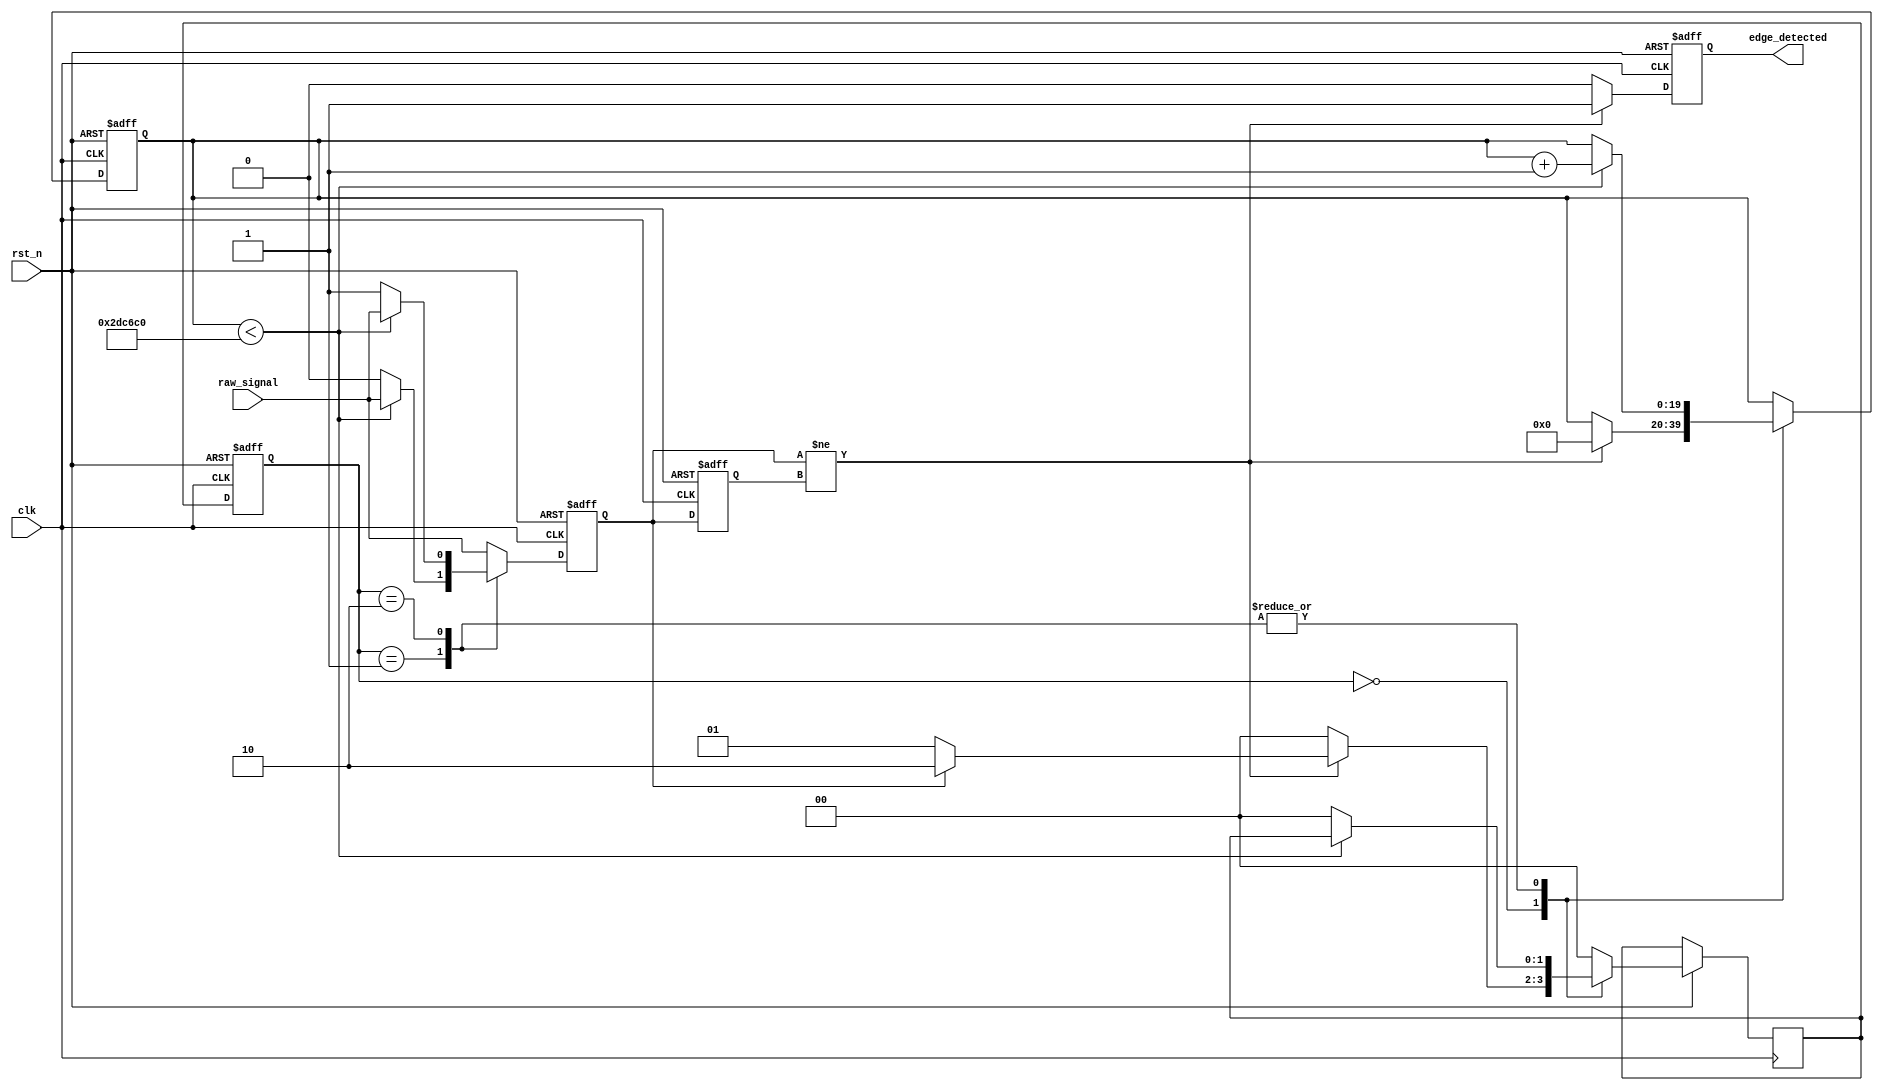
module DebouncedEdgeDetector (
    input wire clk,                // Clock signal
    input wire rst_n,              // Active low reset
    input wire raw_signal,         // Input signal (noisy)
    output reg edge_detected       // Output signal indicating edge detected
);

    // Parameters for debounce timing
    parameter DEBOUNCE_TIME = 3000000; // Adjust as needed for your clock frequency (3ms example for 1MHz clock)
    
    reg [19:0] debounce_counter;       // Counter for debouncing (adjust width as necessary)
    reg stable_signal;                  // Stable version of the input signal
    reg prev_stable_signal;             // Previous stable signal for edge detection

    // State representation
    localparam [1:0] IDLE = 2'b00, STABLE_LOW = 2'b01, STABLE_HIGH = 2'b10;
    reg [1:0] state, next_state;

    // Synchronization of the raw signal
    always @(posedge clk or negedge rst_n) begin
        if (!rst_n) begin
            stable_signal <= 0;
            debounce_counter <= 0;
            state <= IDLE;
            prev_stable_signal <= 0;
            edge_detected <= 0;
        end else begin
            stable_signal <= raw_signal;
            // State transition logic for debouncing
            case (state)
                IDLE: begin
                    if (stable_signal != prev_stable_signal) begin
                        debounce_counter <= 0;
                        if (stable_signal) begin
                            next_state <= STABLE_HIGH;
                        end else begin
                            next_state <= STABLE_LOW;
                        end
                    end else begin
                        next_state <= IDLE;
                    end
                end
                
                STABLE_LOW: begin
                    if (debounce_counter < DEBOUNCE_TIME) begin
                        debounce_counter <= debounce_counter + 1;
                    end else begin
                        stable_signal <= 0;
                        next_state <= IDLE;
                    end
                end
                
                STABLE_HIGH: begin
                    if (debounce_counter < DEBOUNCE_TIME) begin
                        debounce_counter <= debounce_counter + 1;
                    end else begin
                        stable_signal <= 1;
                        next_state <= IDLE;
                    end
                end
                
                default: next_state <= IDLE;
            endcase
            
            // Edge detection logic
            if (stable_signal != prev_stable_signal) begin
                edge_detected <= 1; // Edge detected
            end else begin
                edge_detected <= 0; // No edge
            end

            // Update previous stable signal
            prev_stable_signal <= stable_signal;
            state <= next_state;
        end
    end

endmodule